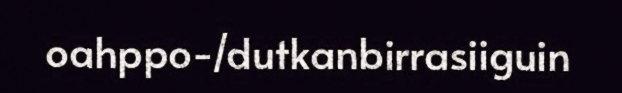
oahppo-/dutkanbirrasiiguin